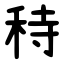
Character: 秲